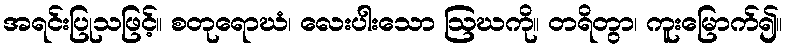
အရင်းပြုသဖြင့်။ စတုရောဃံ၊ လေးပါးသော ဩဃကို။ တရိတွာ၊ ကူးမြောက်၍။